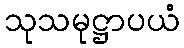
သုသမုဋ္ဌာပယံ